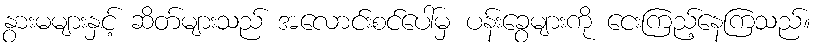
နွားမများနှင့် ဆိတ်များသည် အလောင်းစင်ပေါ်မှ ပန်းခွေများကို ငေးကြည့်နေကြသည်။